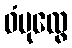
ဝံပုလွေ